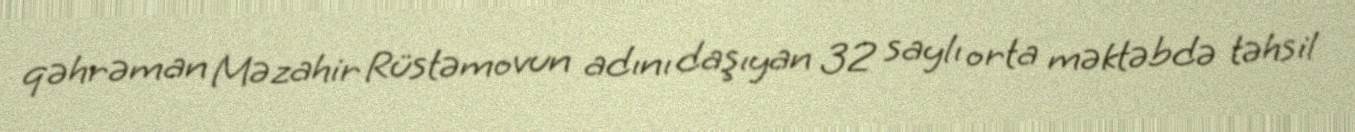
qəhrəman Məzahir Rüstəmovun adını daşıyan 32 saylı orta məktəbdə təhsil